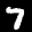
Label: 7